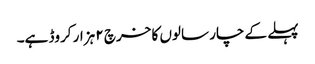
پہلے کے چار سالوں کا خرچ ۲ ہزار کروڈ ہے۔